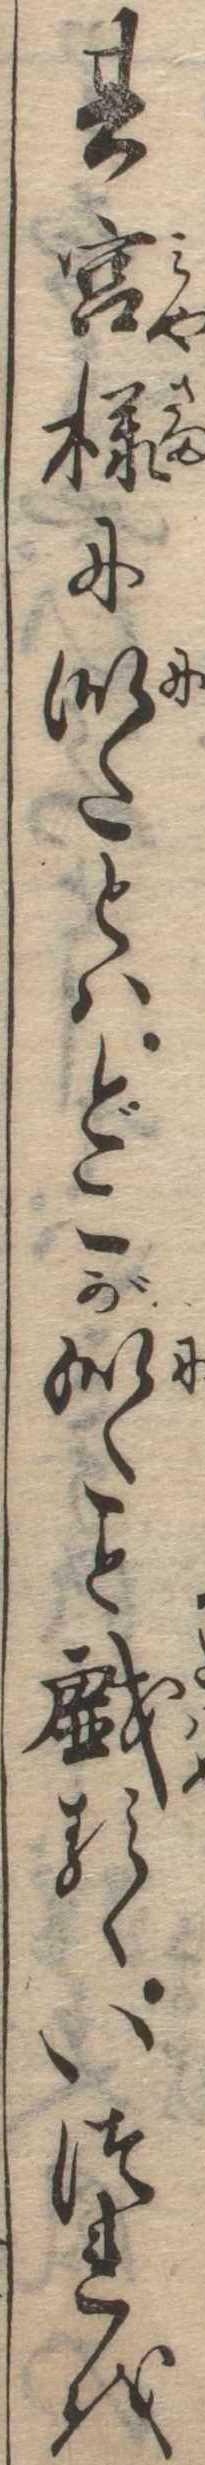
其宮様に似たとはどこが似たと戯るゝいつれを